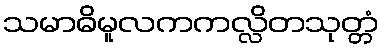
သမာဓိမူလကကလ္လိတသုတ္တံ